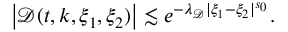
\begin{array} { r } { \left| \mathcal { D } ( t , k , \xi _ { 1 } , \xi _ { 2 } ) \right| \lesssim e ^ { - \lambda _ { \mathcal { D } } | \xi _ { 1 } - \xi _ { 2 } | ^ { s _ { 0 } } } . } \end{array}